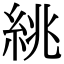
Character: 絩